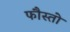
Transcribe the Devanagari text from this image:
फौस्तो